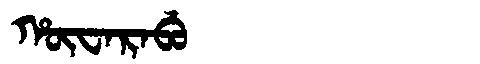
Manchu: ᡥᡡᠸᠠᡵᠠᠪᡠ
Romanization: HŪWARABU